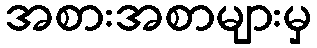
အစားအစာများမှ